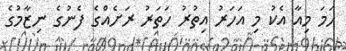
ހަމަ މިއާ އެކު މި އަހަރު އިތުރު ހަތަރު ރަށެއްގެ ފެނުގެ ނިޒާމުގެ